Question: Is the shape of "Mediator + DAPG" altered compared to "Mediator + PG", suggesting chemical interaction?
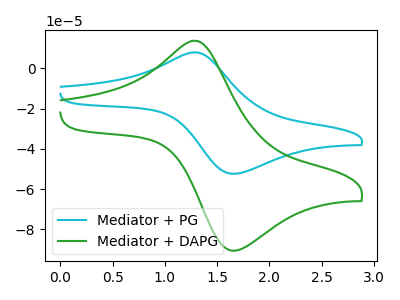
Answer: <think>The cyan curve "Mediator + PG" has an anodic peak at (1.30V, 7.90uA) and a cathodic peak at (1.70V, -52.35uA). The green curve "Mediator + DAPG" has an anodic peak at (1.30V, 13.70uA) and a cathodic peak at (1.70V, -90.50uA).
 All the peaks in "Mediator + DAPG" have a peak in "Mediator + PG" at the same potential. Every peak in "Mediator + DAPG" is higher than every peak in "Mediator + PG".</think>
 <answer>No, "Mediator + DAPG" and "Mediator + PG" don't appear to be significantly different in shape</answer>
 <eval>no_change</eval>